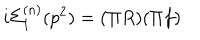
LaTeX: i \Sigma _ { 1 } ^ { ( n ) } ( p ^ { 2 } ) = ( \Pi R ) ( \Pi f )